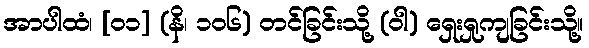
အာပါထံ၊ [၀၁] (နိ၊ ၁၀၆) တင်ခြင်းသို့ (ဝါ) ရှေးရှုကျခြင်းသို့။